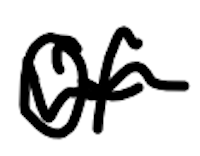
Text: of
Cross-out: wave
Writing tool: digital_black